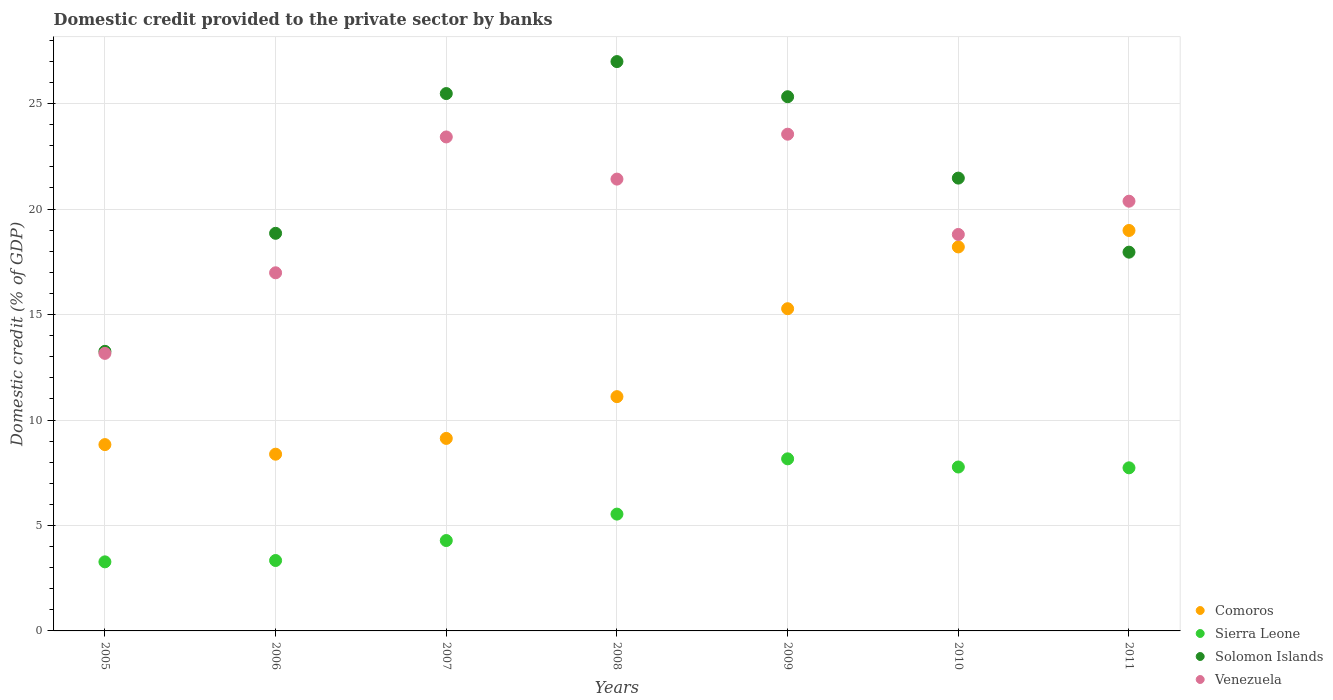
| Years | Comoros | Sierra Leone | Solomon Islands | Venezuela |
 | --- | --- | --- | --- | --- |
 | 2005 | 8.83 | 3.28 | 13.3 | 13.2 |
 | 2006 | 8.38 | 3.34 | 18.9 | 17 |
 | 2007 | 9.13 | 4.28 | 25.5 | 23.4 |
 | 2008 | 11.1 | 5.54 | 27 | 21.4 |
 | 2009 | 15.3 | 8.16 | 25.3 | 23.6 |
 | 2010 | 18.2 | 7.77 | 21.5 | 18.8 |
 | 2011 | 19 | 7.73 | 18 | 20.4 |